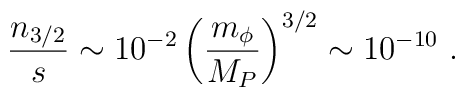
{n_{3/2}\over s} \sim 10^{-2} \left({m_\phi\over M_P}\right)^{3/2}\sim 10^{-10} \ .